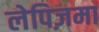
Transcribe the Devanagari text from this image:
लेपिज़मा